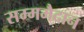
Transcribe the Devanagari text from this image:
सम्ममैदान